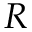
R